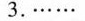
3.…